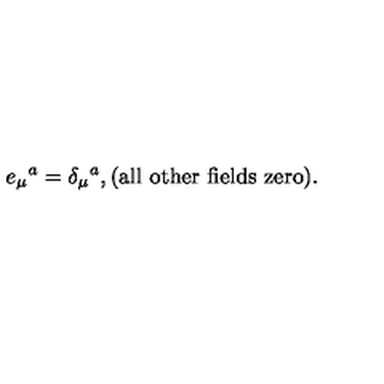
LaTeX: e _ { \mu } { } ^ { a } = \delta _ { \mu } { } ^ { a } , ( \mathrm { a l l \ o t h e r \ f i e l d s \ z e r o } ) .